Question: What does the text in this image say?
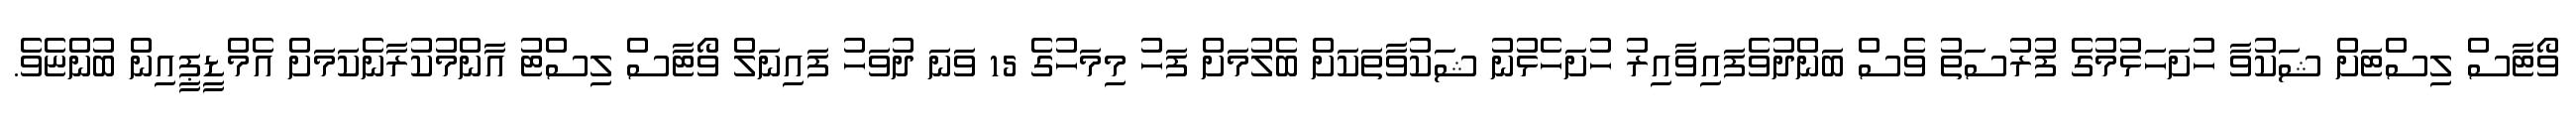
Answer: ވޯޓާސް ލިސްޓަށް ޝަކުވާ ހުށަހަޅުމުގެ ފުރުސަތު ވެސް ބަންދުވެފައިވާއިރު ހުށަހެޅުނު ޝަކުވާތަކަށް ބެލުމަށް ފަހު މިމަހުގެ 15 ވަނަ ދުވަހު ފައިނަލް ވޯޓާސް ލިސްޓު އާންމުކުރާނެކަމަށް އެމްޑީޕީއިން ބުންޏެވެ.